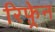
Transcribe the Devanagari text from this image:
रिफ़्रेन